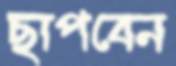
ছাপবেন